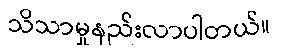
သိသာမှုနည်းလာပါတယ်။